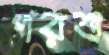
পরশু